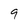
Character: 9